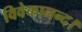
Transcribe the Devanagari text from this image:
विवेकानन्द।